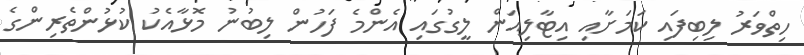
ހިތްވަރު ލިބިފައި ކަމަށާއި އިޓާލިއަން ލީގުގައި އެންމެ ފަހުން ލިބުނު މޮޅާއެކު ކުޅުންތެރިންގެ